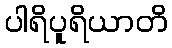
ပါရိပူရိယာတိ